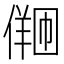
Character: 𪝩